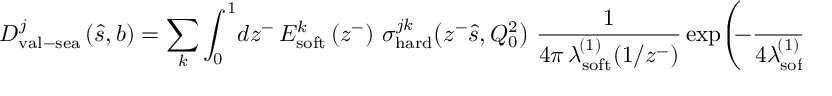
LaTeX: D _ { \mathrm { v a l } - \mathrm { s e a } } ^ { j } \left( \hat { s } , b \right) = \sum _ { k } \int _ { 0 } ^ { 1 } \! d z ^ { - } \, E _ { \mathrm { s o f t } } ^ { k } \left( z ^ { - } \right) \, \sigma _ { \mathrm { h a r d } } ^ { j k } \! \left( z ^ { - } \hat { s } , Q _ { 0 } ^ { 2 } \right) \, \frac { 1 } { 4 \pi \, \lambda _ { \mathrm { s o f t } } ^ { \! ( 1 ) } ( 1 / z ^ { - } ) } \exp \! \left( \! \! - \frac { b ^ { 2 } } { 4 \lambda _ { \mathrm { s o f t } } ^ { \! ( 1 ) } \! \left( 1 / z ^ { - } \right) } \right)